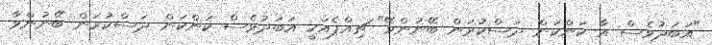
"އަބަދުވެސް އާ ކަންކަން ދަސްކުރަން ބޭނުންވޭ" ޗިއްޕެއަކީ އަބަދުވެސް ކަންކަން ދަސްކުރަން ބޭނުންވާ